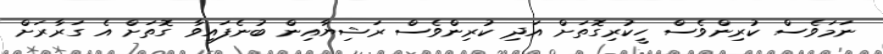
ނަމަވެސް ކުރިންވެސް ހީކުރިގޮތަށް އަދި ކުރިންވެސް ރަޝިޔާއިން ބުނެފައިވާ ގޮތަށް އެ ގަރާރަށް